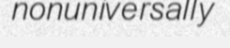
nonuniversally